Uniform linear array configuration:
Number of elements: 48
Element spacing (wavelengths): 0.75
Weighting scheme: hann
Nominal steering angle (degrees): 0
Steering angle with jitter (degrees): -0.6131
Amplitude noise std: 0.05
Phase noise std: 0.05

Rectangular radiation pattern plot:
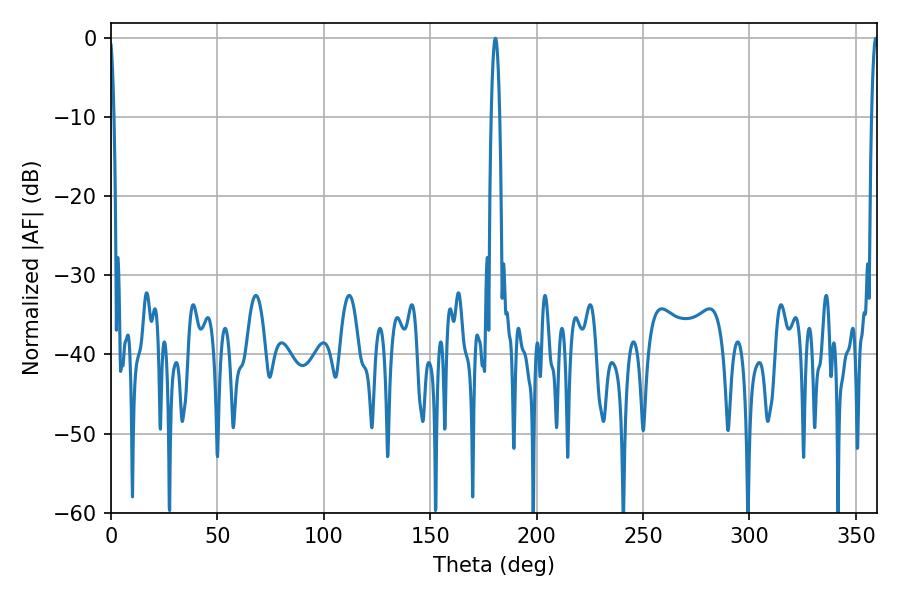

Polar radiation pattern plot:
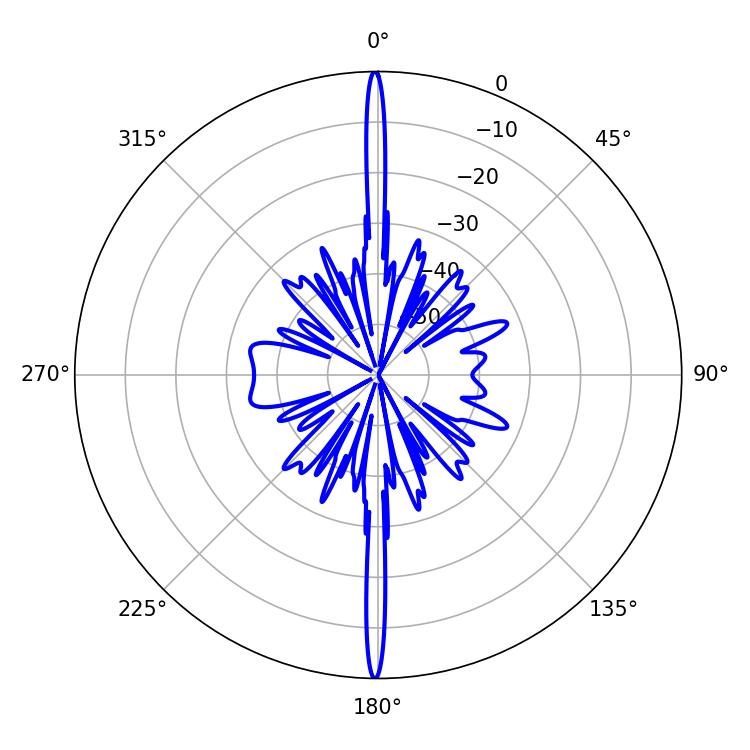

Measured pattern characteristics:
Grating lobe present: TRUE
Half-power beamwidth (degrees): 1.98
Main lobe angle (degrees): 180.54